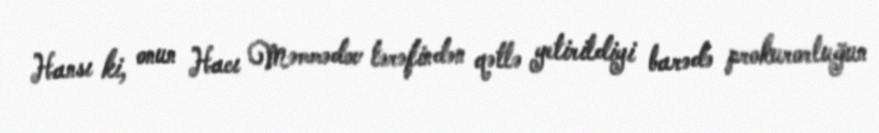
Hansı ki, onun Hacı Məmmədov tərəfindən qətlə yetirildiyi barədə prokurorluğun